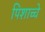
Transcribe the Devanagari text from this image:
पिशाच्चे